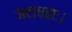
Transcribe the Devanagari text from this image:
जटाधराः।